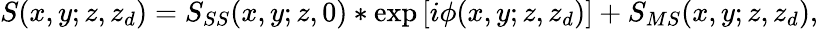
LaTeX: S(x,y;z,z_{d})=S_{SS}(x,y;z,0)*\exp\left[i\phi(x,y;z,z_{d})\right]+S_{MS}(x,y;z,z_{d}),